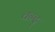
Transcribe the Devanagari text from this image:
चन्द्